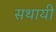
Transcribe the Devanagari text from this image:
सथायी